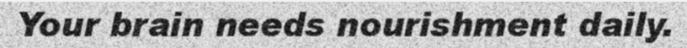
Your brain needs nourishment daily.